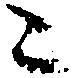
々